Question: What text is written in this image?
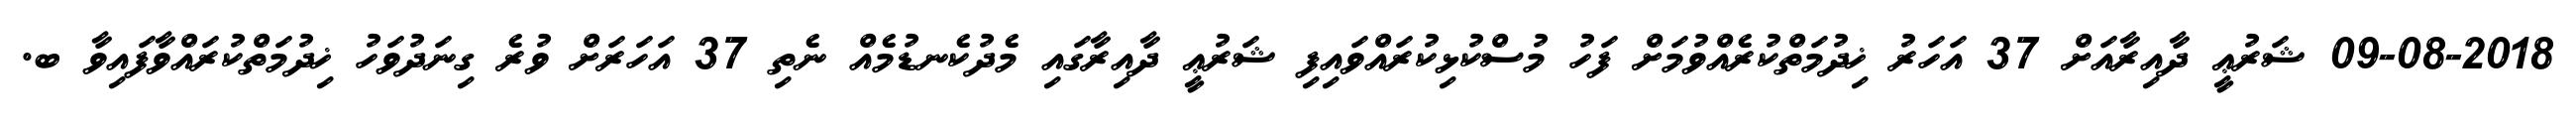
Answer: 09-08-2018 ޝަރުޢީ ދާއިރާއަށް 37 އަހަރު ޚިދުމަތްކުރެއްވުމަށް ފަހު މުސްކުޅިކުރައްވައިފި ޝަރުޢީ ދާއިރާގައި މެދުކެނޑުމެއް ނެތި 37 އަހަރަށް ވުރެ ގިނަދުވަހު ޚިދުމަތްކުރައްވާފައިވާ ބ.